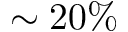
\sim 2 0 \%